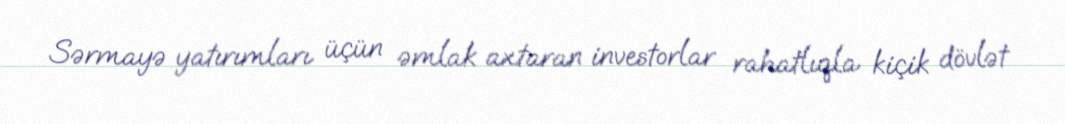
Sərmayə yatırımları üçün əmlak axtaran investorlar rahatlıqla kiçik dövlət